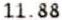
11.88